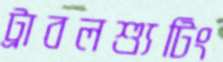
ট্রাবলশ্যুটিং